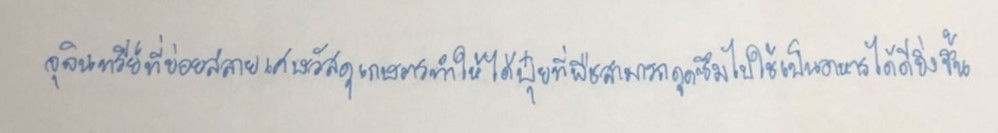
จุลินทรีย์ที่ย่อยสลายเศษวัสดุเกษตรทำให้ได้ปุ๋ยที่พืชสามารถดูดซึมไปใช้เป็นอาหารได้ดียิ่งขึ้น